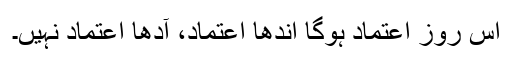
اُس روز اعتماد ہوگا اندھا اعتماد، آدھا اعتماد نہیں۔